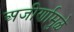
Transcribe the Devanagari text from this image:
अजीर्णामुळे